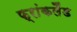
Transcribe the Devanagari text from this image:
फ्रांकलैंड